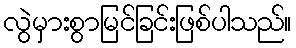
လွဲမှားစွာမြင်ခြင်းဖြစ်ပါသည်။